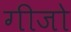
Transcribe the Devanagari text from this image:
गीजो